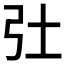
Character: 𢎳